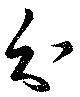
分